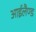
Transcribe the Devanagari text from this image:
आईलैण्‍ड